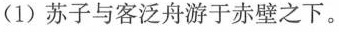
(1) 苏子与客泛舟游于赤壁之下。